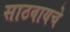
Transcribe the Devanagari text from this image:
साठवायचे